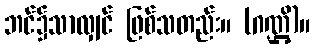
ဘင်၌သာလျှင် ဖြစ်သတည်း။ (ဂဏ္ဌိ)။